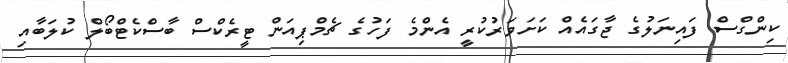
ކިންގްސް ފައިނަލުގެ ޖާގައެއް ކަށަވަރުކުރީ އެންމެ ފަހުގެ ޗެމްޕިއަން ޓީރެކްސް ބާސްކެޓްބޯލް ކުލަބާއި